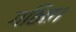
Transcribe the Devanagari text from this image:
गठित।